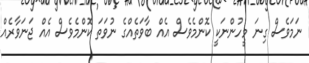
ނަމަވެސް ގިނަ މީހުންނަކީ ކޮންމެވެސް އެއް ބާވަތެއްގެ ނުވަތަ ކޮންމެވެސް އެއް ޖަނަވާރެއް